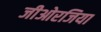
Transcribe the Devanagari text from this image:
जीओरजिया